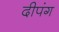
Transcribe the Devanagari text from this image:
दीपंग